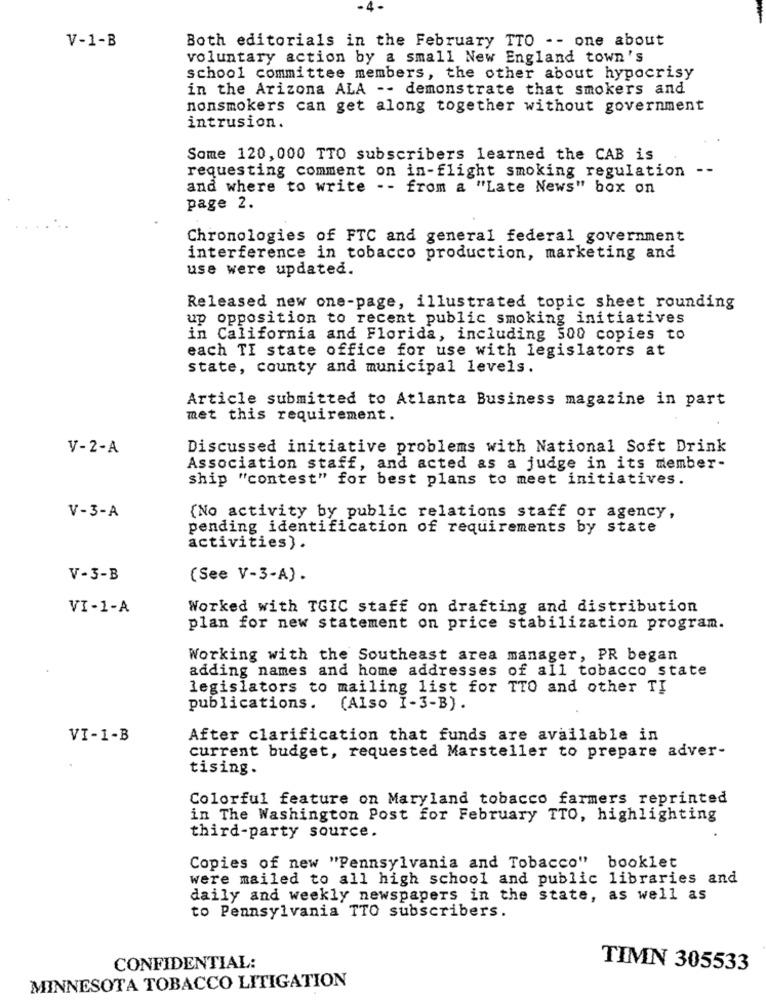
-4-
V-1-B
Both editorials in the February TTO -- one about
voluntary action by a small New England town's
school committee members, the other about hypocrisy
in the Arizona ALA -- demonstrate that smokers and
nonsmokers can get along together without government
intrusion.
Some 120, 000 TTO subscribers learned the CAB is
requesting comment on in-flight smoking regulation --
and where to write -- from a "Late News" box on
page 2.
Chronologies of FTC and general federal government
interference in tobacco production, marketing and
use were updated.
Released new one-page, illustrated topic sheet rounding
up opposition to recent public smoking initiatives
in California and Florida, including 500 copies to
each TI state office for use with legislators at
state, county and municipal levels.
Article submitted to Atlanta Business magazine in part
met this requirement.
V-2-A
Discussed initiative problems with National Soft Drink
Association staff, and acted as a judge in its member-
ship "contest" for best plans to meet initiatives.
V-3-A
(No activity by public relations staff or agency,
pending identification of requirements by state
activities) .
V-3-B
(See V-3-A).
VI-1-A
Worked with TGIC staff on drafting and distribution
plan for new statement on price stabilization program.
Working with the Southeast area manager, PR began
adding names and home addresses of all tobacco state
legislators to mailing list for TTO and other TI
publications. (Also I-3-B) .
VI-1-B
After clarification that funds are available in
current budget, requested Marsteller to prepare adver-
tising.
Colorful feature on Maryland tobacco farmers reprinted
in The Washington Post for February TTO, highlighting
third-party source.
Copies of new "Pennsylvania and Tobacco"
booklet
were mailed to all high school and public libraries and
daily and weekly newspapers in the state, as well as
to Pennsylvania TTO subscribers.
CONFIDENTIAL:
TIMN 305533
MINNESOTA TOBACCO LITIGATION